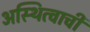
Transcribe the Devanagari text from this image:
अस्थित्वाची